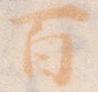
百